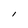
Character: l